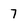
Character: 7